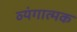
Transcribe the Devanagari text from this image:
व्‍यंगात्‍मक